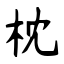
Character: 枕